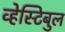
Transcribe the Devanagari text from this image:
व्हेस्टिबुल